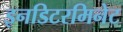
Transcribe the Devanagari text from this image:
इनडिटरमिनेट